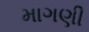
માગણી